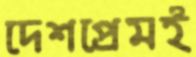
দেশপ্রেমই